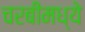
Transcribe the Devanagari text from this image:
चरबींमध्ये